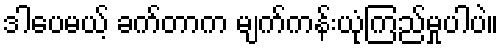
ဒါပေမယ့် ခက်တာက မျက်ကန်းယုံကြည်မှုပါပဲ။